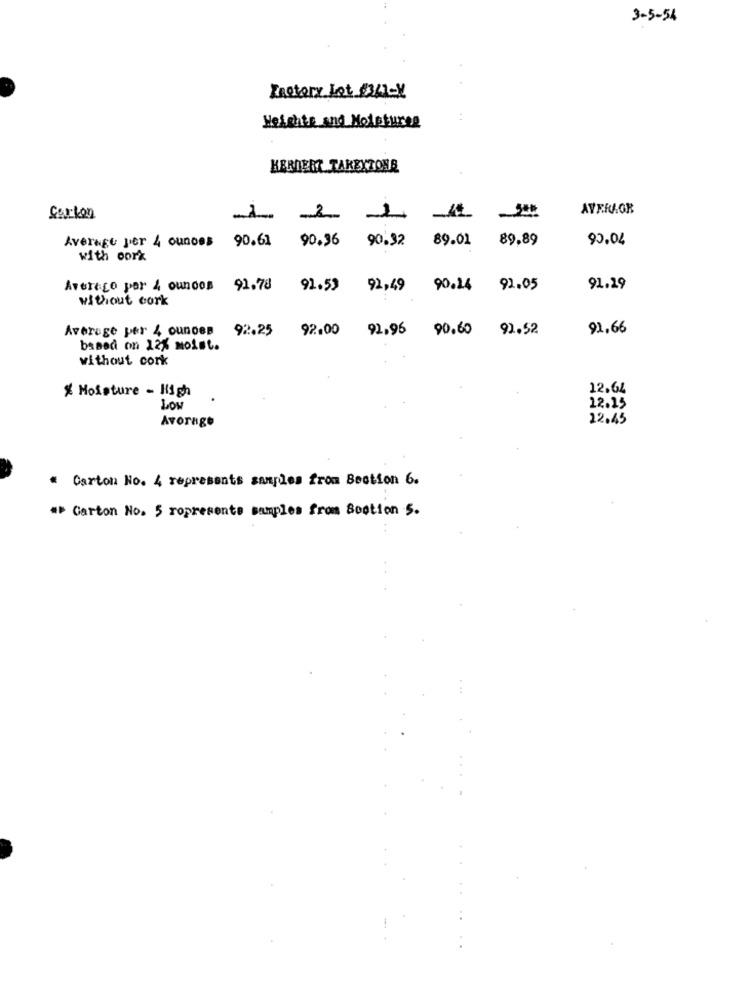
3-5-54
Instory Lot #341-X
Heights and Moistureg
HERDERT TAKEYTONG
AVER.OR
Corkon
2
2
Average per 4 ounces 90.61 90.36 90.32 89.01
89.89
90,04
with pork
Average per 4 ounces 91.78 92.53 92,49 90.14 92.05
91.29
without cork
Average per 4 ounces 92.25 92.00 92.96 90.60 92.52
92,66
based on 12% moist.
without cork
X Moisture - High
12.64
12.15
Avorage
22.45
* Carton No. 4 represents samples from Section 6.
** Carton No. 5 ropresente samples from Sootion S.
..